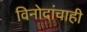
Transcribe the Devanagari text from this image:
विनोदांचाही